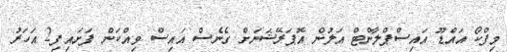
މިފްކޯ އައްޑޫ އައިސްޕްލާންޓް އަލުން އޮޕަރޭޝަނަށް ގެނެސް އައިސް ވިއްކަން ފަށައިފި2 އަހަރު